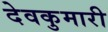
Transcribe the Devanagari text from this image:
देवकुमारी